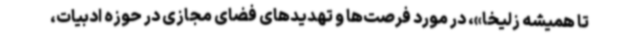
تا همیشه زلیخا»، در مورد فرصت‌ها و تهدیدهای فضای مجازی در حوزه ادبیات،